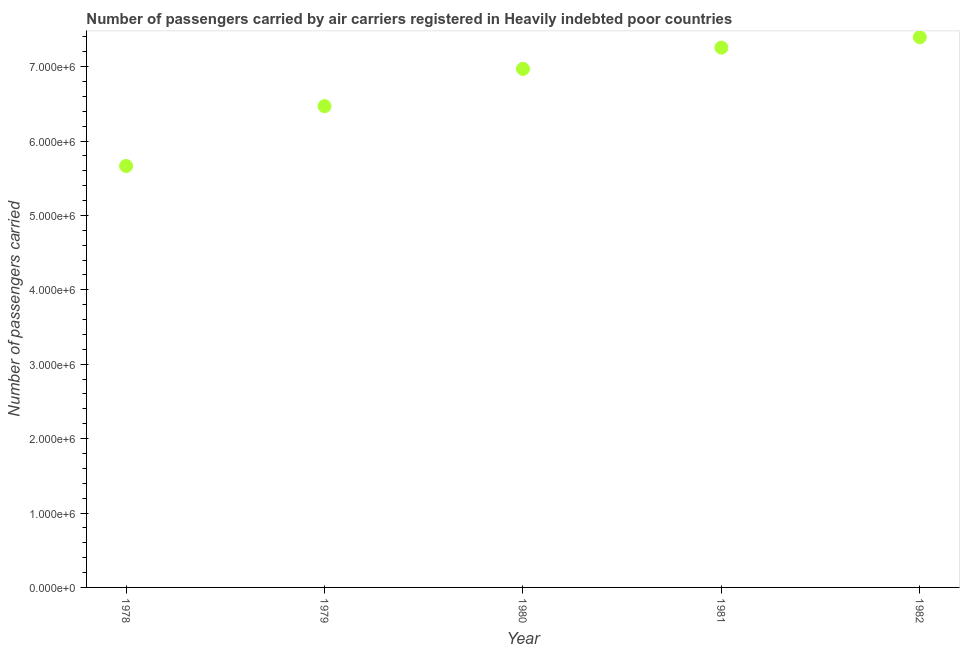
| Year | Air transport |
 | --- | --- |
 | 1978 | 5.66e+06 |
 | 1979 | 6.47e+06 |
 | 1980 | 6.97e+06 |
 | 1981 | 7.26e+06 |
 | 1982 | 7.39e+06 |